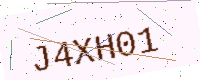
Text: J4XH01